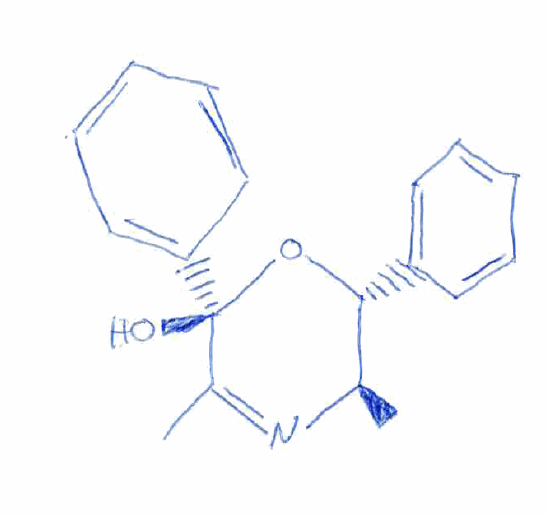
Simplified molecular-input line-entry system (SMILES) notation of the given molecule:
C[C@@H]1[C@H](O[C@](C(=N1)C)(C2=CC=CC=C2)O)C3=CC=CC=C3